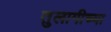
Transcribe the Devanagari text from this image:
तुलागीच्या